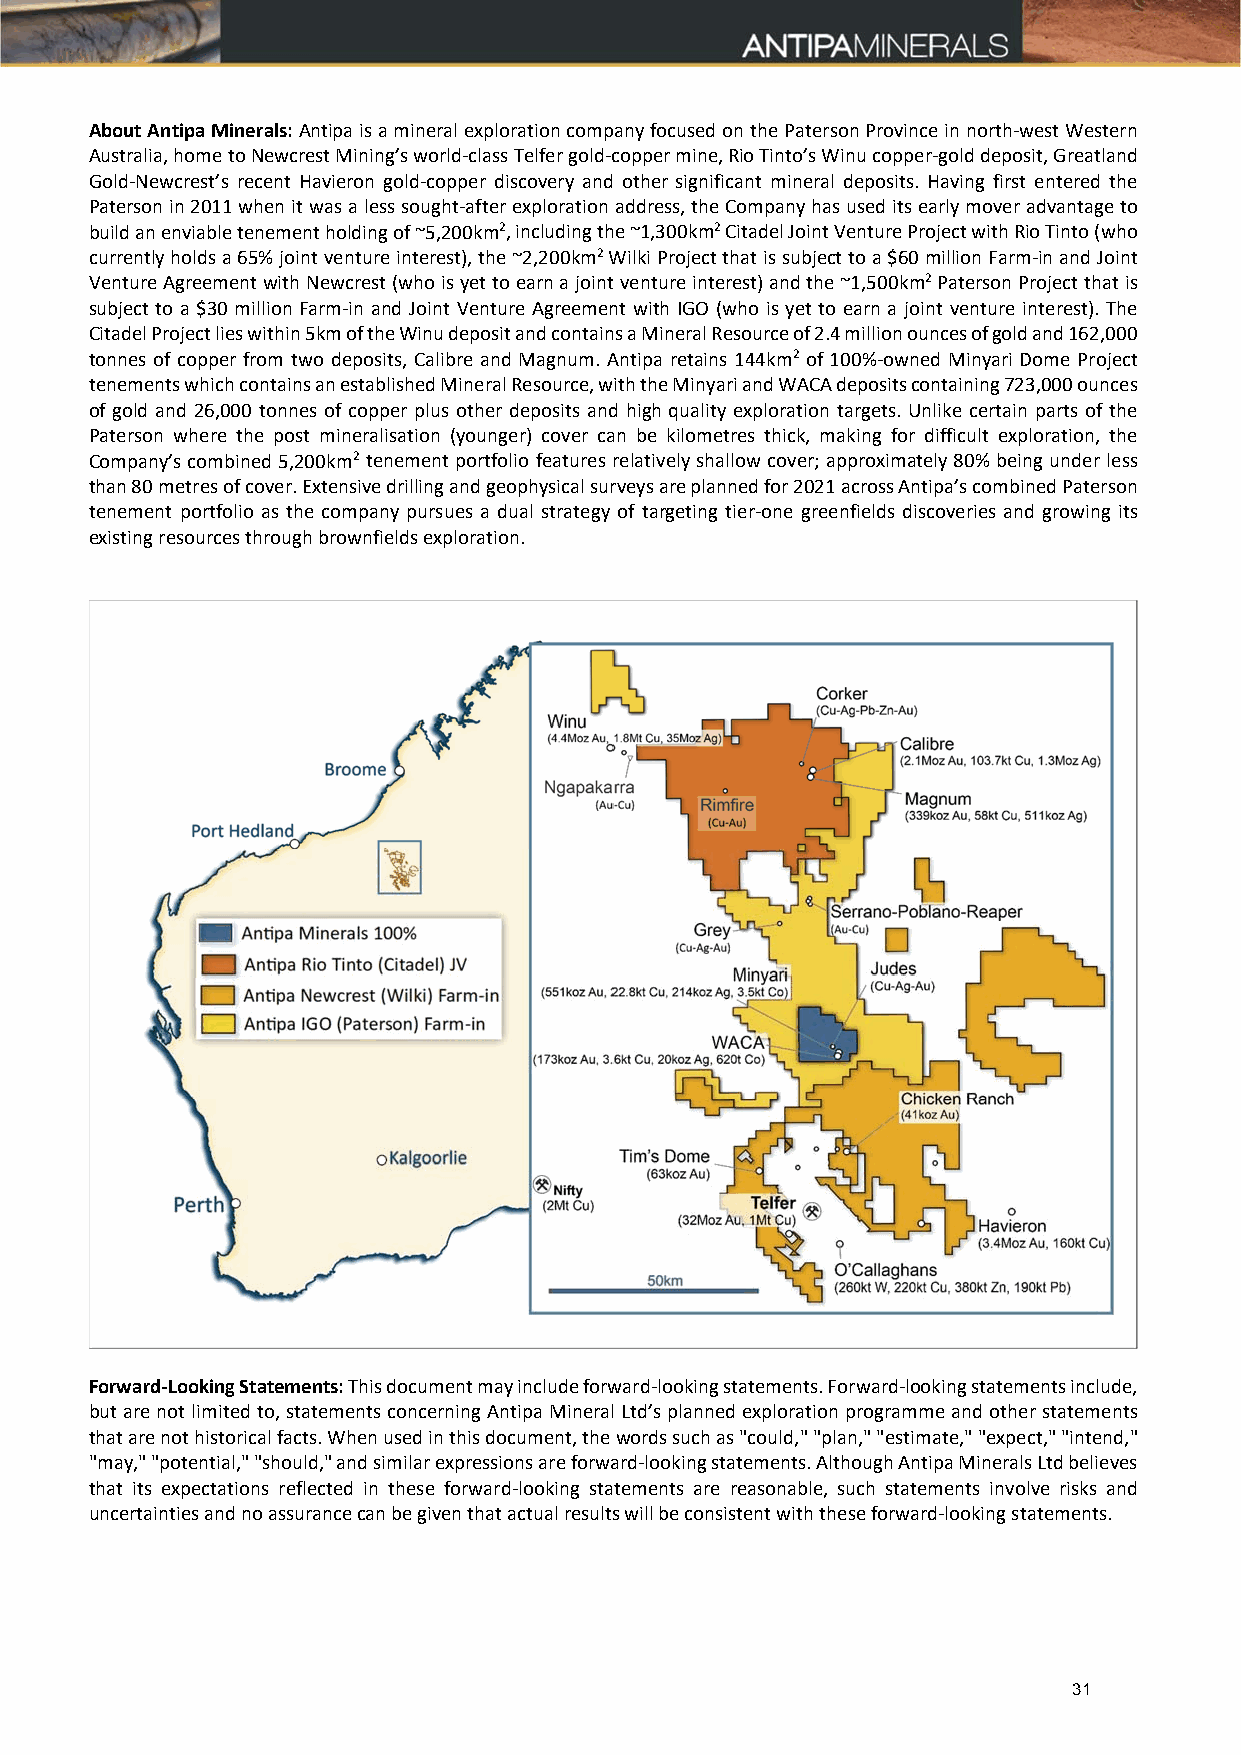
About Antipa Minerals: Antipa is a mineral exploration company focused on the Paterson Province in north‐west Western
 Australia, home to Newcrest Mining’s world‐class Telfer gold‐copper mine, Rio Tinto’s Winu copper‐gold deposit, Greatland
 Gold‐Newcrest’s recent Havieron gold‐copper discovery and other significant mineral deposits. Having first entered the
 Paterson in 2011 when it was a less sought‐after exploration address, the Company has used its early mover advantage to
 build an enviable tenement holding of ~5,200km2, including the ~1,300km2 Citadel Joint Venture Project with Rio Tinto (who
 currently holds a 65% joint venture interest), the ~2,200km2 Wilki Project that is subject to a $60 million Farm‐in and Joint
 Venture Agreement with Newcrest (who is yet to earn a joint venture interest) and the ~1,500km2 Paterson Project that is
 subject to a $30 million Farm‐in and Joint Venture Agreement with IGO (who is yet to earn a joint venture interest). The
 Citadel Project lies within 5km of the Winu deposit and contains a Mineral Resource of 2.4 million ounces of gold and 162,000
 tonnes of copper from two deposits, Calibre and Magnum. Antipa retains 144km2 of 100%‐owned Minyari Dome Project
 tenements which contains an established Mineral Resource, with the Minyari and WACA deposits containing 723,000 ounces
 of gold and 26,000 tonnes of copper plus other deposits and high quality exploration targets. Unlike certain parts of the
 Paterson where the post mineralisation (younger) cover can be kilometres thick, making for difficult exploration, the
 Company’s combined 5,200km2 tenement portfolio features relatively shallow cover; approximately 80% being under less
 than 80 metres of cover. Extensive drilling and geophysical surveys are planned for 2021 across Antipa’s combined Paterson
 tenement portfolio as the company pursues a dual strategy of targeting tier‐one greenfields discoveries and growing its
 existing resources through brownfields exploration.
 Forward-Looking Statements: This document may include forward‐looking statements. Forward‐looking statements include,
 but are not limited to, statements concerning Antipa Mineral Ltd’s planned exploration programme and other statements
 that are not historical facts. When used in this document, the words such as "could," "plan," "estimate," "expect," "intend,"
 "may," "potential," "should," and similar expressions are forward‐looking statements. Although Antipa Minerals Ltd believes
 that its expectations reflected in these forward‐looking statements are reasonable, such statements involve risks and
 uncertainties and no assurance can be given that actual results will be consistent with these forward‐looking statements.
 31